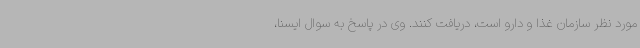
مورد نظر سازمان غذا و دارو است، دریافت کنند. وی در پاسخ به سوال ایسنا،